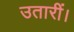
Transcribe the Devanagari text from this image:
उतारीं।